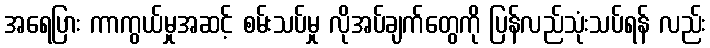
အရေပြား ကာကွယ်မှုအဆင့် စမ်းသပ်မှု လိုအပ်ချက်တွေကို ပြန်လည်သုံးသပ်ရန် လည်း